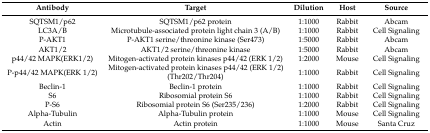
<table><thead><tr><td><b>Antibody</b></td><td><b>Target</b></td><td><b>Dilution</b></td><td><b>Host</b></td><td><b>Source</b></td></tr></thead><tbody><tr><td>SQTSM1/p62</td><td>SQTSM1/p62 protein</td><td>1:1000</td><td>Rabbit</td><td>Abcam</td></tr><tr><td>LC3A/B</td><td>Microtubule-associated protein light chain 3 (A/B)</td><td>1:1000</td><td>Rabbit</td><td>Cell Signaling</td></tr><tr><td>P-AKT1</td><td>P-AKT1 serine/threonine kinase (Ser473)</td><td>1:5000</td><td>Rabbit</td><td>Abcam</td></tr><tr><td>AKT1/2</td><td>AKT1/2 serine/threonine kinase</td><td>1:5000</td><td>Rabbit</td><td>Abcam</td></tr><tr><td>p44/42 MAPK(ERK1/2)</td><td>Mitogen-activated protein kinases p44/42 (ERK 1/2)</td><td>1:2000</td><td>Mouse</td><td>Cell Signaling</td></tr><tr><td>P-p44/42 MAPK(ERK 1/2)</td><td>Mitogen-activated protein kinases p44/42 (ERK 1/2) (Thr202/Thr204)</td><td>1:1000</td><td>Rabbit</td><td>Cell Signaling</td></tr><tr><td>Beclin-1</td><td>Beclin-1 protein</td><td>1:1000</td><td>Rabbit</td><td>Cell Signaling</td></tr><tr><td>S6</td><td>Ribosomial protein S6</td><td>1:1000</td><td>Rabbit</td><td>Cell Signaling</td></tr><tr><td>P-S6</td><td>Ribosomial protein S6 (Ser235/236)</td><td>1:2000</td><td>Rabbit</td><td>Cell Signaling</td></tr><tr><td>Alpha-Tubulin</td><td>Alpha-Tubulin protein</td><td>1:1000</td><td>Mouse</td><td>Cell Signaling</td></tr><tr><td>Actin</td><td>Actin protein</td><td>1:1000</td><td>Mouse</td><td>Santa Cruz</td></tr></tbody></table>